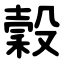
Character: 穀